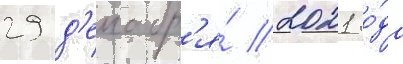
29 д'екабр'я́ 2021 го́да